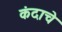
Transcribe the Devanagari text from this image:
कंदाचे